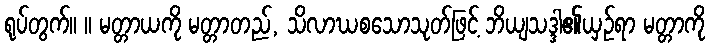
ရုပ်တွက်။ ။ မတ္တာယကို မတ္တာတည်, သိလာဃစသောသုတ်ဖြင့် ဘိယျသဒ္ဒါ၏ယှဉ်ရာ မတ္တာကို